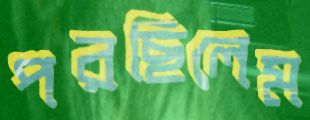
পরছিলেম